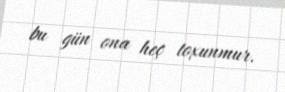
bu gün ona heç toxunmur.